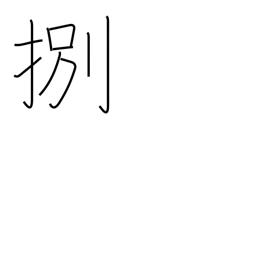
Meaning: be in demand